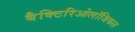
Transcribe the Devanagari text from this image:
बैक्टिरिओलॉजिकल